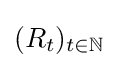
(R_{t})_{t\in \mathbb {N} }